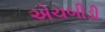
એચબીડી